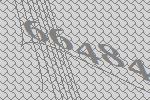
66484